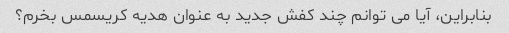
بنابراین، آیا می توانم چند کفش جدید به عنوان هدیه کریسمس بخرم؟